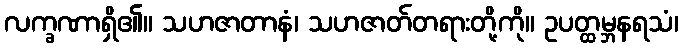
လက္ခဏာရှိ၏။ သဟဇာတာနံ၊ သဟဇာတ်တရားတို့ကို။ ဥပတ္ထမ္ဘနရသံ၊